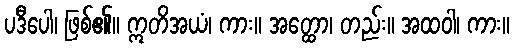
ပဒီပေါ၊ ဖြစ်၏။ ဣတိအယံ၊ ကား။ အတ္ထော၊ တည်း။ အထဝါ၊ ကား။